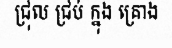
ជ្រុល ជ្រប់ ក្នុង គ្រោង